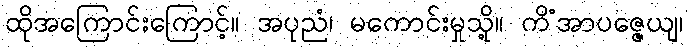
ထိုအကြောင်းကြောင့်။ အပုညံ၊ မကောင်းမှုသို့။ ကိံအာပဇ္ဇေယျ၊